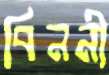
বিননী